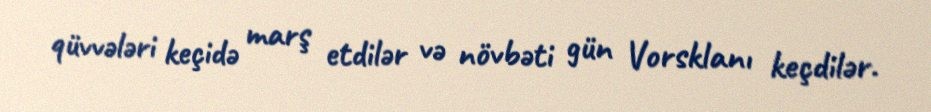
qüvvələri keçidə marş etdilər və növbəti gün Vorsklanı keçdilər.